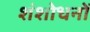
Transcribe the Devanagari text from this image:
शंशोधनों